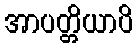
အာပတ္တိယာပိ